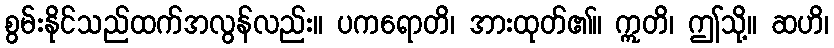
စွမ်းနိုင်သည်ထက်အလွန်လည်း။ ပကရောတိ၊ အားထုတ်၏။ ဣတိ၊ ဤသို့။ ဆဟိ၊